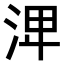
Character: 𣴪